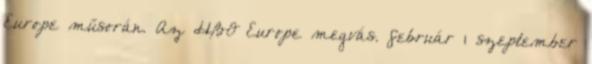
Europe műsorán. Az HBO Europe megvás. február 1 szeptember